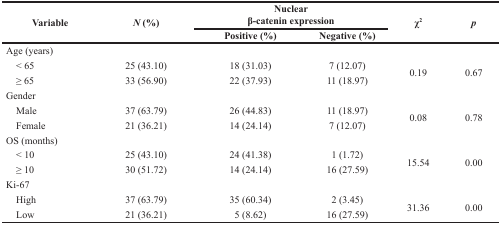
<table><thead><tr><td rowspan="2"><b>Variable</b></td><td rowspan="2"><b><i>N</i> (%)</b></td><td colspan="2"><b>Nuclearβ-catenin expression</b></td><td rowspan="2"><b>χ<sup>2</sup></b></td><td rowspan="2"><b><i>p</i></b></td></tr><tr><td><b>Positive (%)</b></td><td><b>Negative (%)</b></td></tr></thead><tbody><tr><td>Age (years)</td><td></td><td></td><td></td><td></td><td></td></tr><tr><td> &lt; 65</td><td>25 (43.10)</td><td>18 (31.03)</td><td>7 (12.07)</td><td rowspan="2">0.19</td><td rowspan="2">0.67</td></tr><tr><td> ≥ 65</td><td>33 (56.90)</td><td>22 (37.93)</td><td>11 (18.97)</td></tr><tr><td>Gender</td><td></td><td></td><td></td><td></td><td></td></tr><tr><td> Male</td><td>37 (63.79)</td><td>26 (44.83)</td><td>11 (18.97)</td><td rowspan="2">0.08</td><td rowspan="2">0.78</td></tr><tr><td> Female</td><td>21 (36.21)</td><td>14 (24.14)</td><td>7 (12.07)</td></tr><tr><td>OS (months)</td><td></td><td></td><td></td><td></td><td></td></tr><tr><td> &lt; 10</td><td>25 (43.10)</td><td>24 (41.38)</td><td>1 (1.72)</td><td rowspan="2">15.54</td><td rowspan="2">0.00</td></tr><tr><td> ≥ 10</td><td>30 (51.72)</td><td>14 (24.14)</td><td>16 (27.59)</td></tr><tr><td>Ki-67</td><td></td><td></td><td></td><td></td><td></td></tr><tr><td> High</td><td>37 (63.79)</td><td>35 (60.34)</td><td>2 (3.45)</td><td rowspan="2">31.36</td><td rowspan="2">0.00</td></tr><tr><td> Low</td><td>21 (36.21)</td><td>5 (8.62)</td><td>16 (27.59)</td></tr></tbody></table>